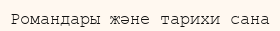
Романдары және тарихи сана